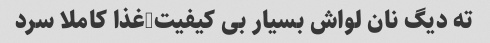
ته دیگ نان لواش بسیار بی کیفیت-غذا کاملا سرد